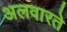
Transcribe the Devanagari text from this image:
अलवारते